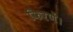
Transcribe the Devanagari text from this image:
किरणें।